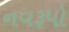
નવરૂપો